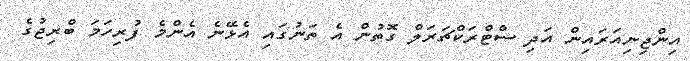
އިންޖިނިއަރައިން އަދި ސްޓްރަކްޗަރަލް ގޮތުން އެ ތަނުގައި އެޅޭނެ އެންމެ ފުރިހަމަ ބްރިޖުގެ